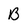
Character: B